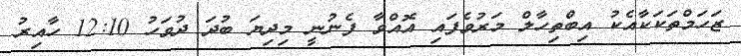
ޒަހަމްތަކަކާއެކު އިބްތިހާލް މަރުވެފައި އޮއްވާ ފެނުނީ މިދިޔަ ބުދަ ދުވަހު 12:10 ހާއިރު